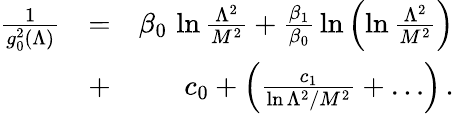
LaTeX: \begin{array}{rlr}{{\frac{1}{g_{0}^{2}(\Lambda)}}}&{=}&{\beta_{0}\, \ln{\frac{\Lambda^{2}}{M^{2}}}+{\frac{\beta_{1}}{\beta_{0}}}\ln\left(\ln{\frac{\Lambda^{2}}{M^{2}}}\right)}\\ &{+}&{c_{0}+\left({\frac{c_{1}}{\ln\Lambda^{2}/M^{2}}}+\dots\right)\, .}\end{array}